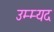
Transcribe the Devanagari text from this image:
उम्म्यद